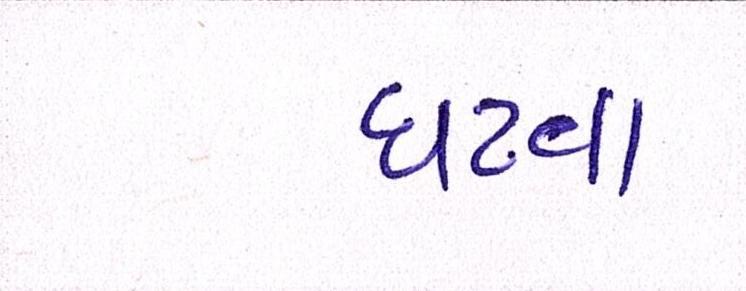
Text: ઘટવા